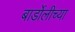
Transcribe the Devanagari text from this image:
बार्डोलीच्या